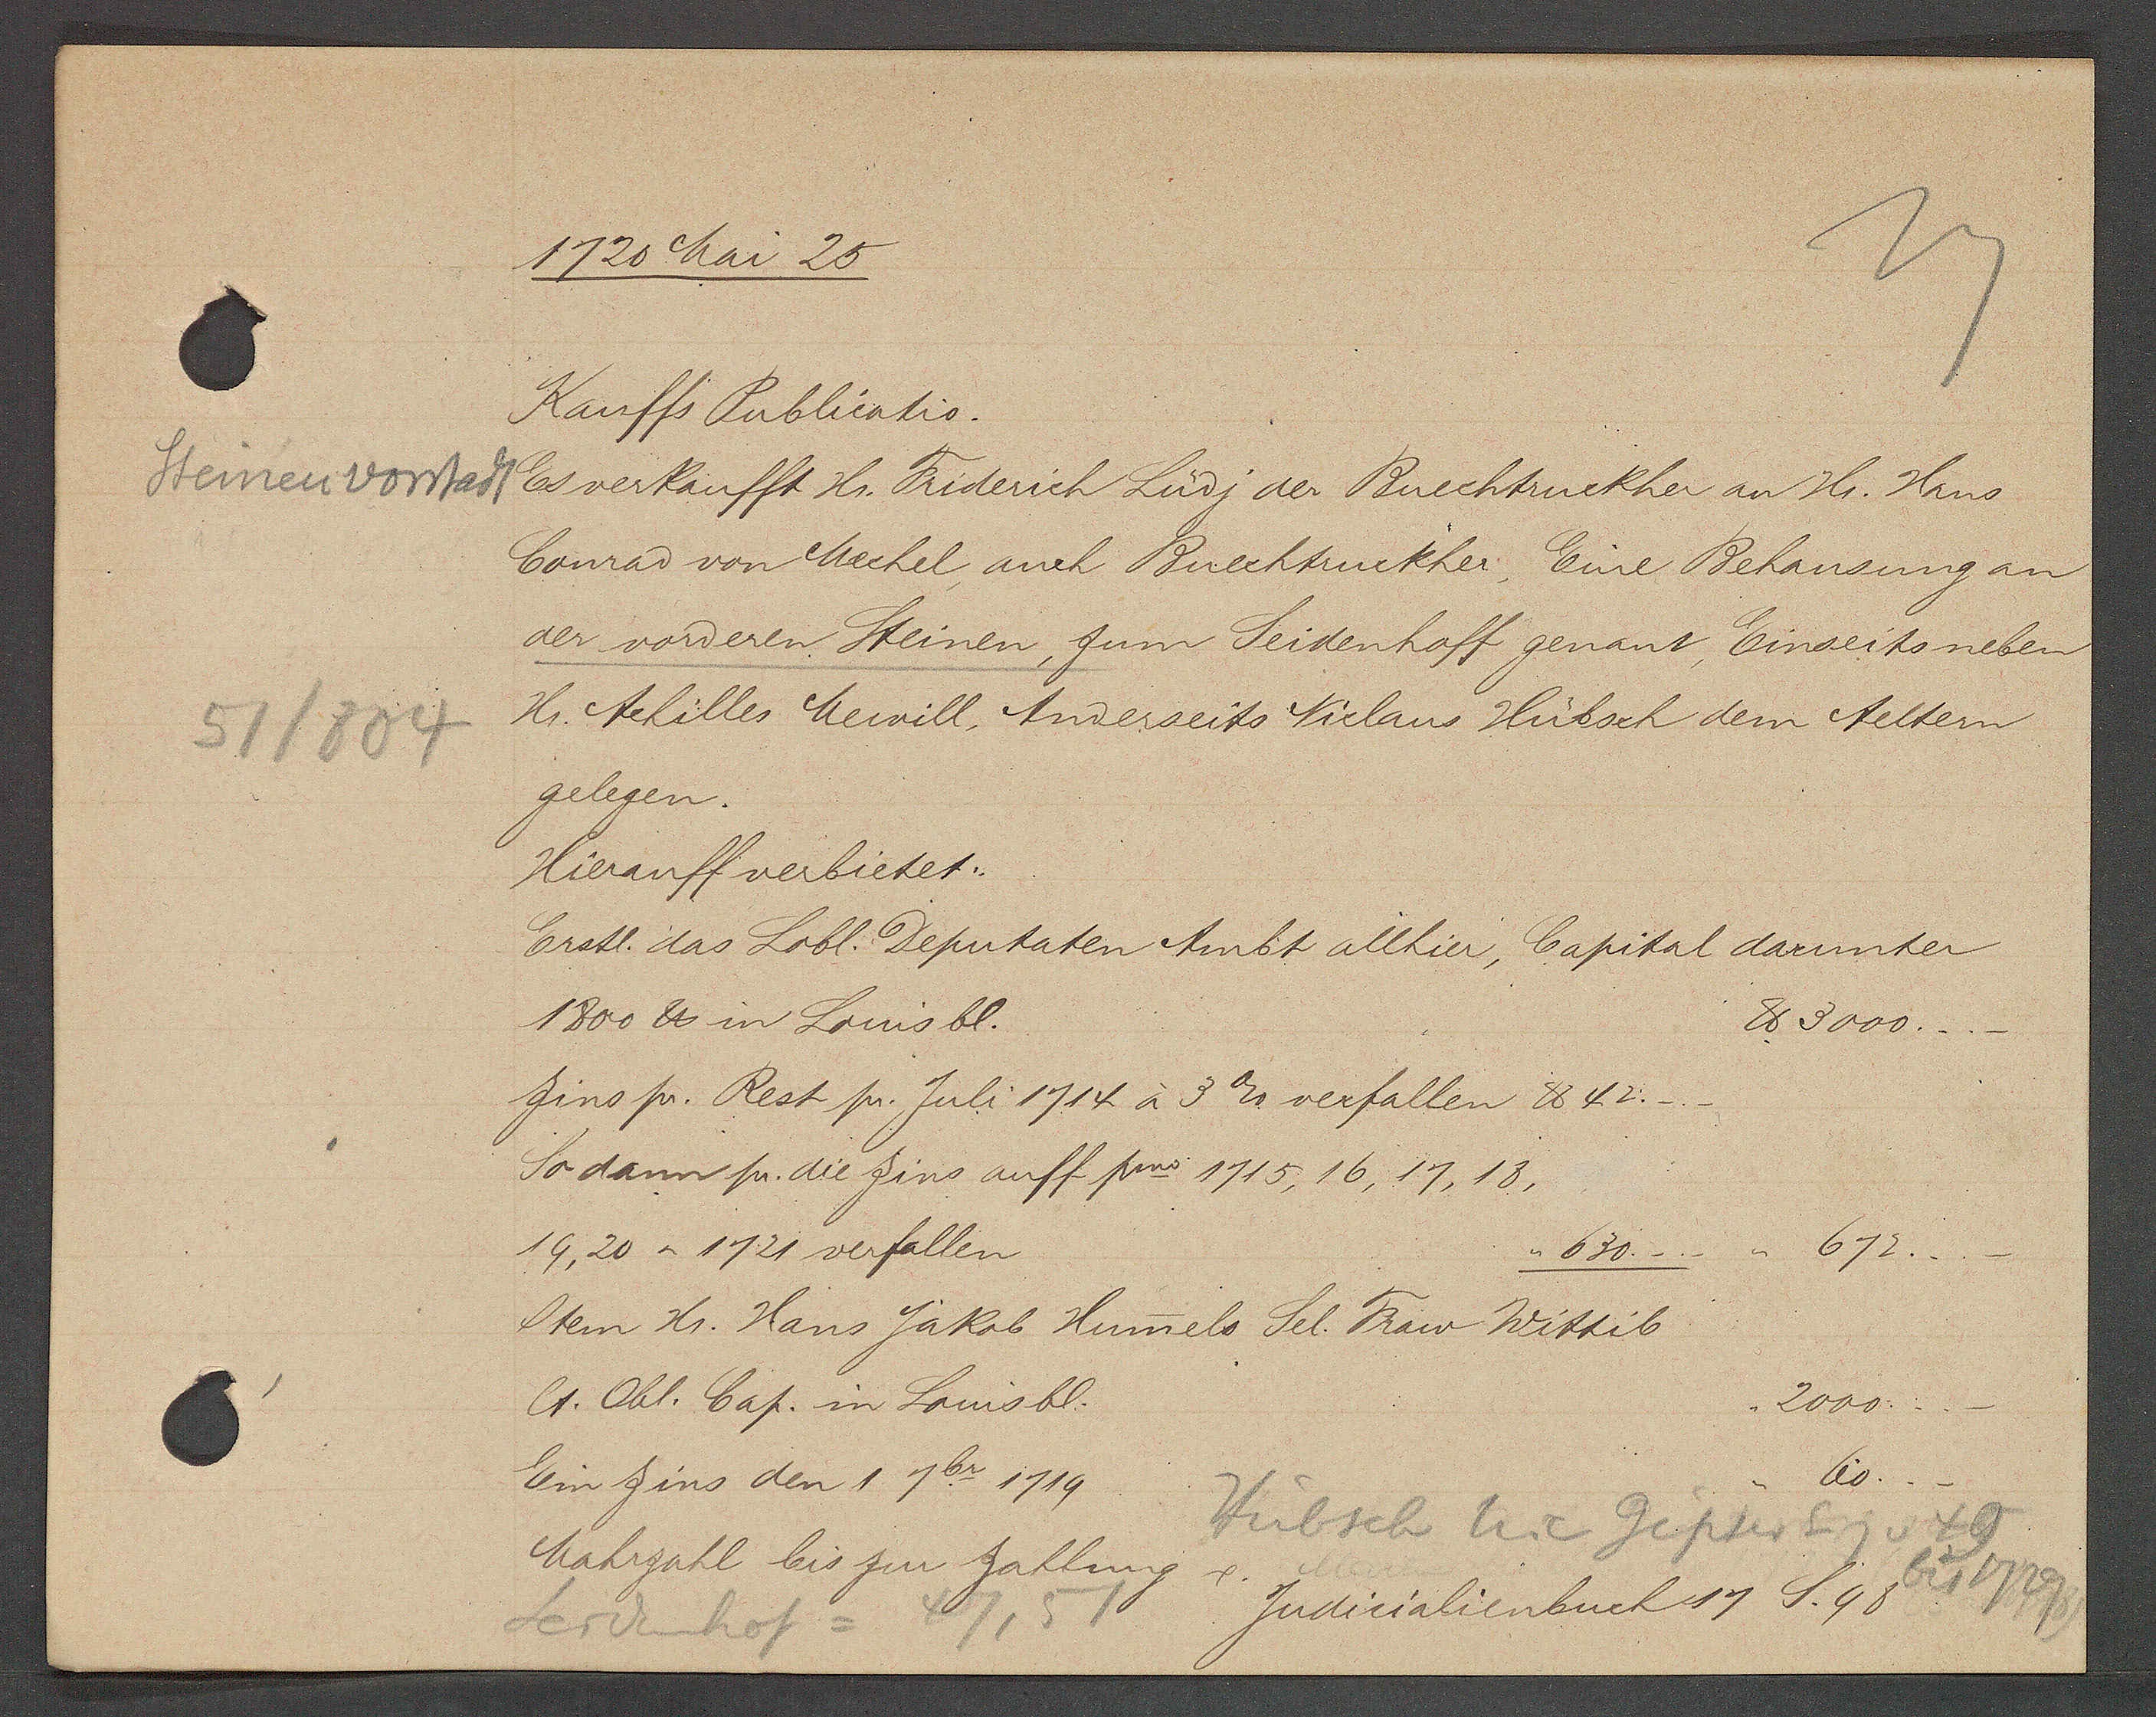
Transcript:
Steinenvorstadt

51/804

1720 Mai 25

Kauffs Publicatio.
Es verkaufft Hr. Friderich Lüdy der Brechtruckher an Hr. Hans
Conrad von Mechel, auch Brechtruckher, Eine Behausung an
der vorderen Steinen, zum Seidenhoff genant, Einseits neben
Hr. Achilles Mewill, Anderseits Niclaus Hubsch dem Aeltern
gelegen.
Hierauff verbietet:
Erstl. das Lobl. Deputaten Ambt allhier, Capital darunter
1800 ℔ in Louis bl.
℔ 3000.
Zins pr. Rest pr. Juli 1714 à 3 ℔ verfallen ℔ 42.
So dann pr. die Zins auff pro 1715, 16, 17, 18,
672...
19, 20 – 1721 verfallen
630.
Item Hr. Hans Jakob Humels sel. Fraw Wittib
lt. Obl. Cap. in Louis bl.
2000.
Ein zins den 1 7br. 1719.
Mahrzahl bis zur Zahlung

60
Hübsch nic gipser Eig v 49
bis 1729
47/51
Seidenhof=

Judicialienbuch S. 98